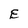
Character: E